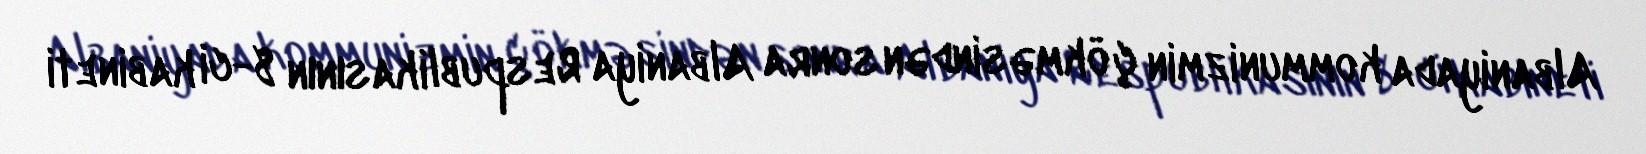
Albaniyada kommunizmin çökməsindən sonra Albaniya Respublikasının 8-ci kabineti